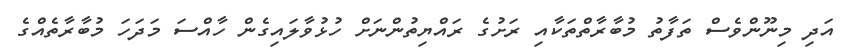
އަދި މިނޫންވެސް ތަފާތު މުބާރާތްތަކާއި ރަށުގެ ރައްޔިތުންނަށް ހުޅުވާލައިގެން ހާއްސަ މަދަހަ މުބާރާތެއްގެ